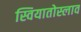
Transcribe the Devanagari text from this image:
स्वियातोस्लाव